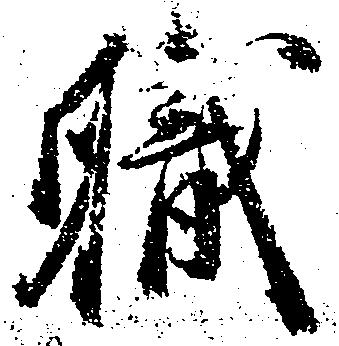
職